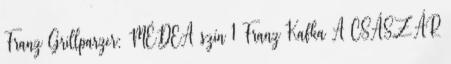
Franz Grillparzer: MÉDEA szín 1 Franz Kafka A CSÁSZÁR